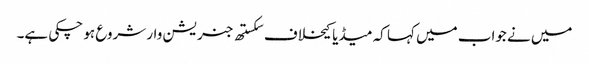
میں نے جواب میں کہا کہ میڈیا کیخلاف سکستھ جنریشن وار شروع ہو چکی ہے۔